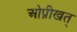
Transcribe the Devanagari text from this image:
ओप्नीखत्